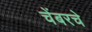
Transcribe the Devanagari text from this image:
चेंबरचे